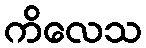
ကိလေသ